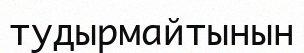
тудырмайтынын